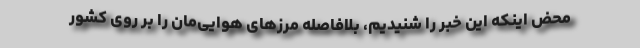
محض اینکه این خبر را شنیدیم، بلافاصله مرزهای هوایی‌مان را بر روی کشور